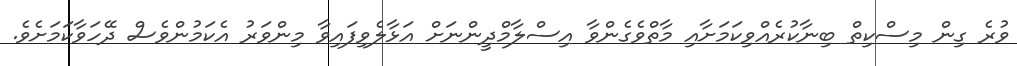
ވުރެ ގިން މިސްކިތް ބިނާކުރެއްވިކަމަށާއި މާތްވެގެންވާ އިސްލާމްދީންނަށް އަޅާލެވިފައިވާ މިންވަރު އެކަމުންވެސް ދޭހަވާކަމަށެވެ.